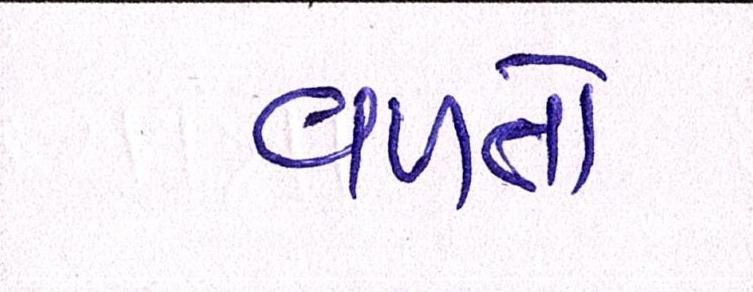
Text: વળતો